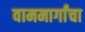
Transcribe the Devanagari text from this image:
वाममार्गांचा